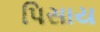
પિસાય